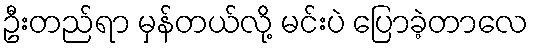
ဦးတည်ရာ မှန်တယ်လို့ မင်းပဲ ပြောခဲ့တာလေ